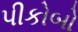
પીકોબો